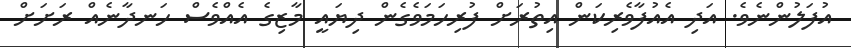
އުފަލުންނެވެ. އަދި އެއުފާވެރިކަން އިތުރަށް ފުރިހަމަވެގެން ދިޔައީ މާޒިގެ އެއްވެސް ހަނދާނެއް ރަށަށް